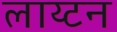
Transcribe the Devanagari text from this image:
लाय्टन